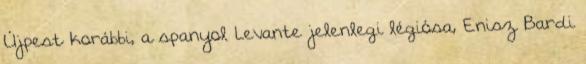
Újpest korábbi, a spanyol Levante jelenlegi légiósa, Enisz Bardi